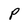
Character: p